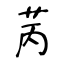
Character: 苪